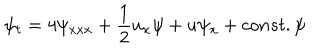
\psi _ { t } = 4 \psi _ { x x x } + { \frac { 1 } { 2 } } u _ { x } \psi + u \psi _ { x } + c o n s t . \psi